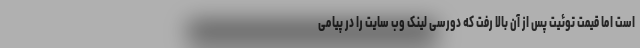
است اما قیمت توئیت پس از آن بالا رفت که دورسی لینک وب سایت را در پیامی